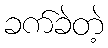
ခက်ခဲတဲ့